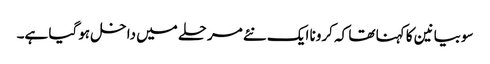
سوبیانین کا کہنا تھا کہ کرونا ایک نئے مرحلے میں داخل ہوگیا ہے۔